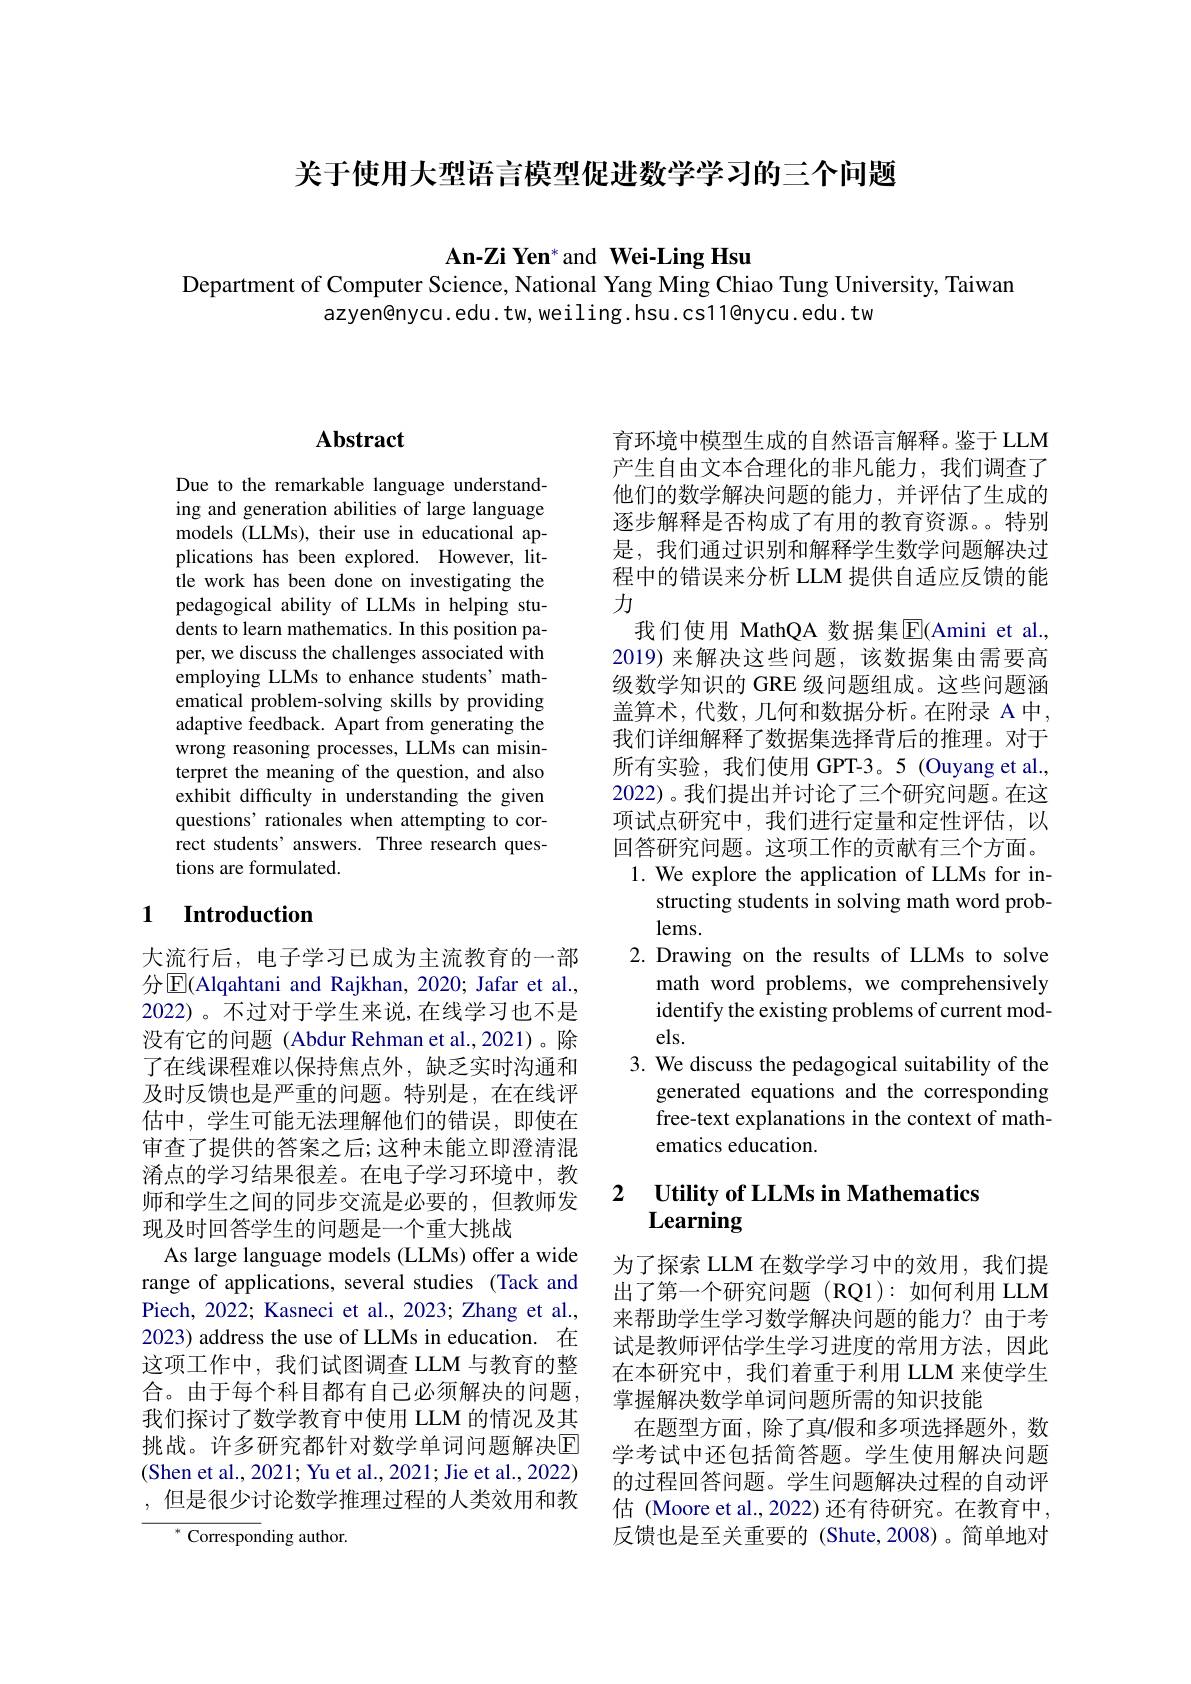
关于使用大型语言模型促进数学学习的三个问题

An-Zi Yen* and Wei-Ling Hsu

Department of Computer Science, National Yang Ming Chiao Tung University, Taiwan
azyen@nycu.edu.tw,weiling.hsu.cs11@nycu.edu.tw

## Abstract

Due to the remarkable language understanding and generation abilities of large language models (LLMs), their use in educational applications has been explored. However, little work has been done on investigating the pedagogical ability of LLMs in helping students to learn mathematics. In this position paper, we discuss the challenges associated with employing LLMs to enhance students' mathematical problem-solving skills by providing adaptive feedback. Apart from generating the wrong reasoning processes, LLMs can misinterpret the meaning of the question, and also exhibit difficulty in understanding the given questions' rationales when attempting to correct students' answers. Three research questions are formulated.

## 1 Introduction

大流行后，电子学习已成为主流教育的一部分$\boxed{\mathrm{E}}$(Alqahtani and Rajkhan, 2020; Jafar et al., 2022)。不过对于学生来说，在线学习也不是没有它的问题(Abdur Rehman et al.,2021)。除了在线课程难以保持焦点外，缺乏实时沟通和及时反馈也是严重的问题。特别是，在在线评估中，学生可能无法理解他们的错误，即使在审查了提供的答案之后；这种未能立即澄清混淆点的学习结果很差。在电子学习环境中，教师和学生之间的同步交流是必要的，但教师发现及时回答学生的问题是一个重大挑战
As large language models (LLMs) offer a wide range of applications, several studies (Tack and Piech, 2022; Kasneci et al., 2023; Zhang et al., 2023) address the use of LLMs in education. 在这项工作中，我们试图调查 LLM 与教育的整合。由于每个科目都有自己必须解决的问题我们探讨了数学教育中使用 LLM 的情况及其挑战。许多研究都针对数学单词问题解决$\overline{\mathrm{E}}$ (Shen et al., 2021; Yu et al., 2021; Jie et al., 2022) ,但是很少讨论数学推理过程的人类效用和教
$^{*}$ Corresponding author.

育环境中模型生成的自然语言解释。鉴于 LLM 产生自由文本合理化的非凡能力，我们调查了他们的数学解决问题的能力，并评估了生成的逐步解释是否构成了有用的教育资源。特别是，我们通过识别和解释学生数学问题解决过程中的错误来分析 LLM 提供自适应反馈的能力
我们使用 MathQA 数据集$\overline{\mathrm{E}}($Amini et al. 2019) 来解决这些问题，该数据集由需要高级数学知识的 GRE 级问题组成。这些问题涵盖算术，代数，几何和数据分析。在附录 A 中， 我们详细解释了数据集选择背后的推理。对于所有实验，我们使用 GPT-3。5(Ouyang et al., 2022)。我们提出并讨论了三个研究问题。在这项试点研究中，我们进行定量和定性评估，以回答研究问题。这项工作的贡献有三个方面。1. We explore the application of LLMs for in-
structing students in solving math word prob-
lems.
2. Drawing on the results of LLMs to solve
math word problems, we comprehensively identify the existing problems of current models.
3. We discuss the pedagogical suitability of the
generated equations and the corresponding free-text explanations in the context of mathematics education

## $\textbf{Utility of LLMs in Mathematics}$ Learning

为了探索 LLM 在数学学习中的效用，我们提出了第一个研究问题(RQ1):如何利用 LLM 来帮助学生学习数学解决问题的能力？由于考试是教师评估学生学习进度的常用方法，因此在本研究中，我们着重于利用 LLM 来使学生掌握解决数学单词问题所需的知识技能
在题型方面，除了真/假和多项选择题外，数学考试中还包括简答题。学生使用解决问题的过程回答问题。学生问题解决过程的自动评估 (Moore et al., 2022) 还有待研究。在教育中反馈也是至关重要的 (Shute,2008)。简单地对